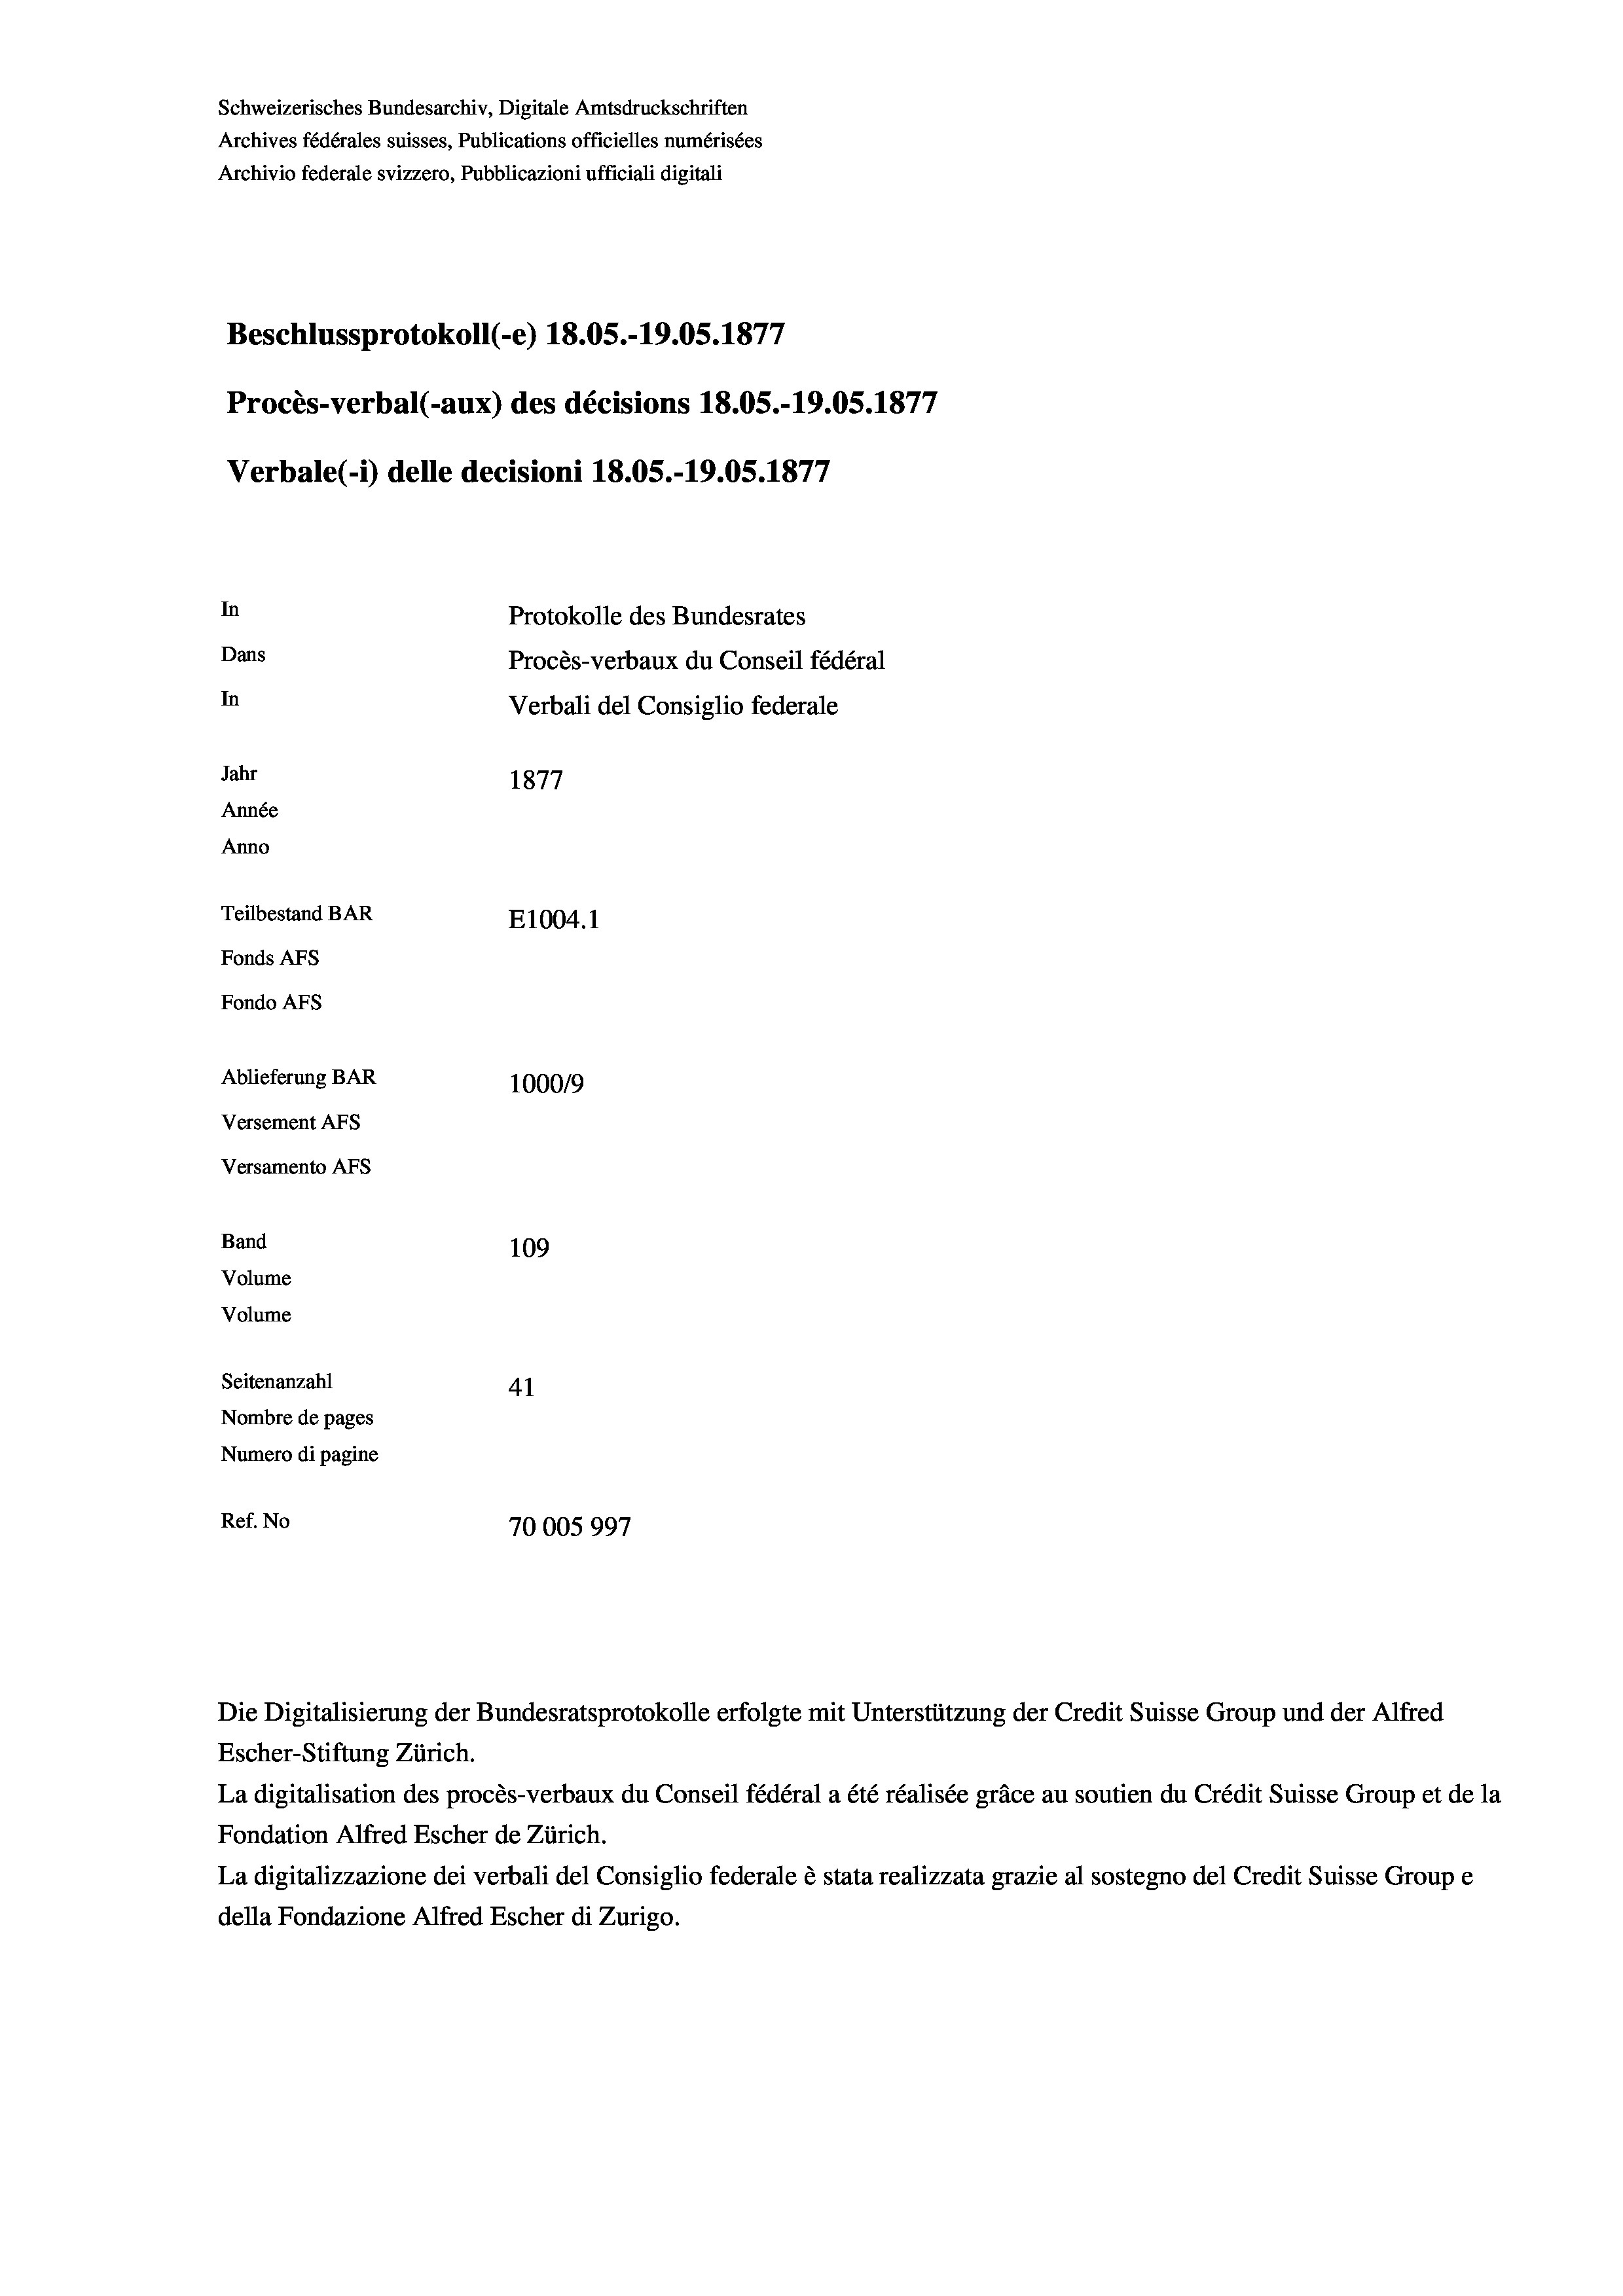
e
Beschlussprotokoll (-e) 18.05.-19.05. 1877
In
Protokolle des Bundesrates
Dans
Procès-verbaux du Conseil fédéral
In
Verbali del Consiglio federale
Jahr
1877
Année
Anno
Teilbestand BAR
E1004. 1
Fonds Afs
Fondo AFS

Ablieferung BAR
Versement AFs
Versamento Afs
Band
Volume
Volume
Seitenanzahl

Schweizerisches Bundesarchiv, Digitale Amtsdruckschriften
Archives fédérales suisses, Publications officielles numérisées
Archivio federale svizzero, Pubblicazioni ufficiali digitali

Procès-verbal (-aux) des décisions 18.05.-19.05. 1877
Verbale(-*) delle decisioni 18.05.-19.05. 1877

100019
109
41
Nombre de pages
Numero di pagine
Ref. No
70005997

Escher-Stiftung Zürich.
La digitalisation des procès-verbaux du Conseil fédéral a été réalisée gräce au soutien du Crédit Suisse Group et de la
Fondation Alfred Escher de Zürich.
La digitalizzazione dei verbali del Consiglio federale è stata realizzata grazie al sostegno del Credit Suisse Groupe
della Fondazione Alfred Escher di Zurigo.

Die Digitalisierung der Bundesratsprotokolle erfolgte mit Unterstützung der Credit Suisse Group und der Alfred